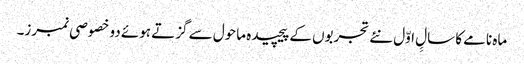
ماہ نامے کا سالِِ اوّل نئے تجربوں کے پیچیدہ ماحول سے گزتے ہوئے دو خصوصی نمبرز۔